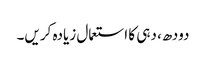
دودھ، دہی کا استعمال زیادہ کریں۔